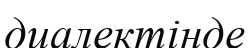
диалектінде